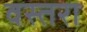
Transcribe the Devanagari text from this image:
वस्तरा